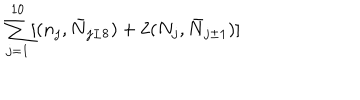
\sum _ { j = 1 } ^ { 1 0 } [ ( n _ { j } , \bar { N } _ { j \pm 8 } ) + 2 ( N _ { j } , \bar { N } _ { j \pm 1 } ) ]